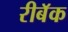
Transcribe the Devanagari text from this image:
रीबॅक